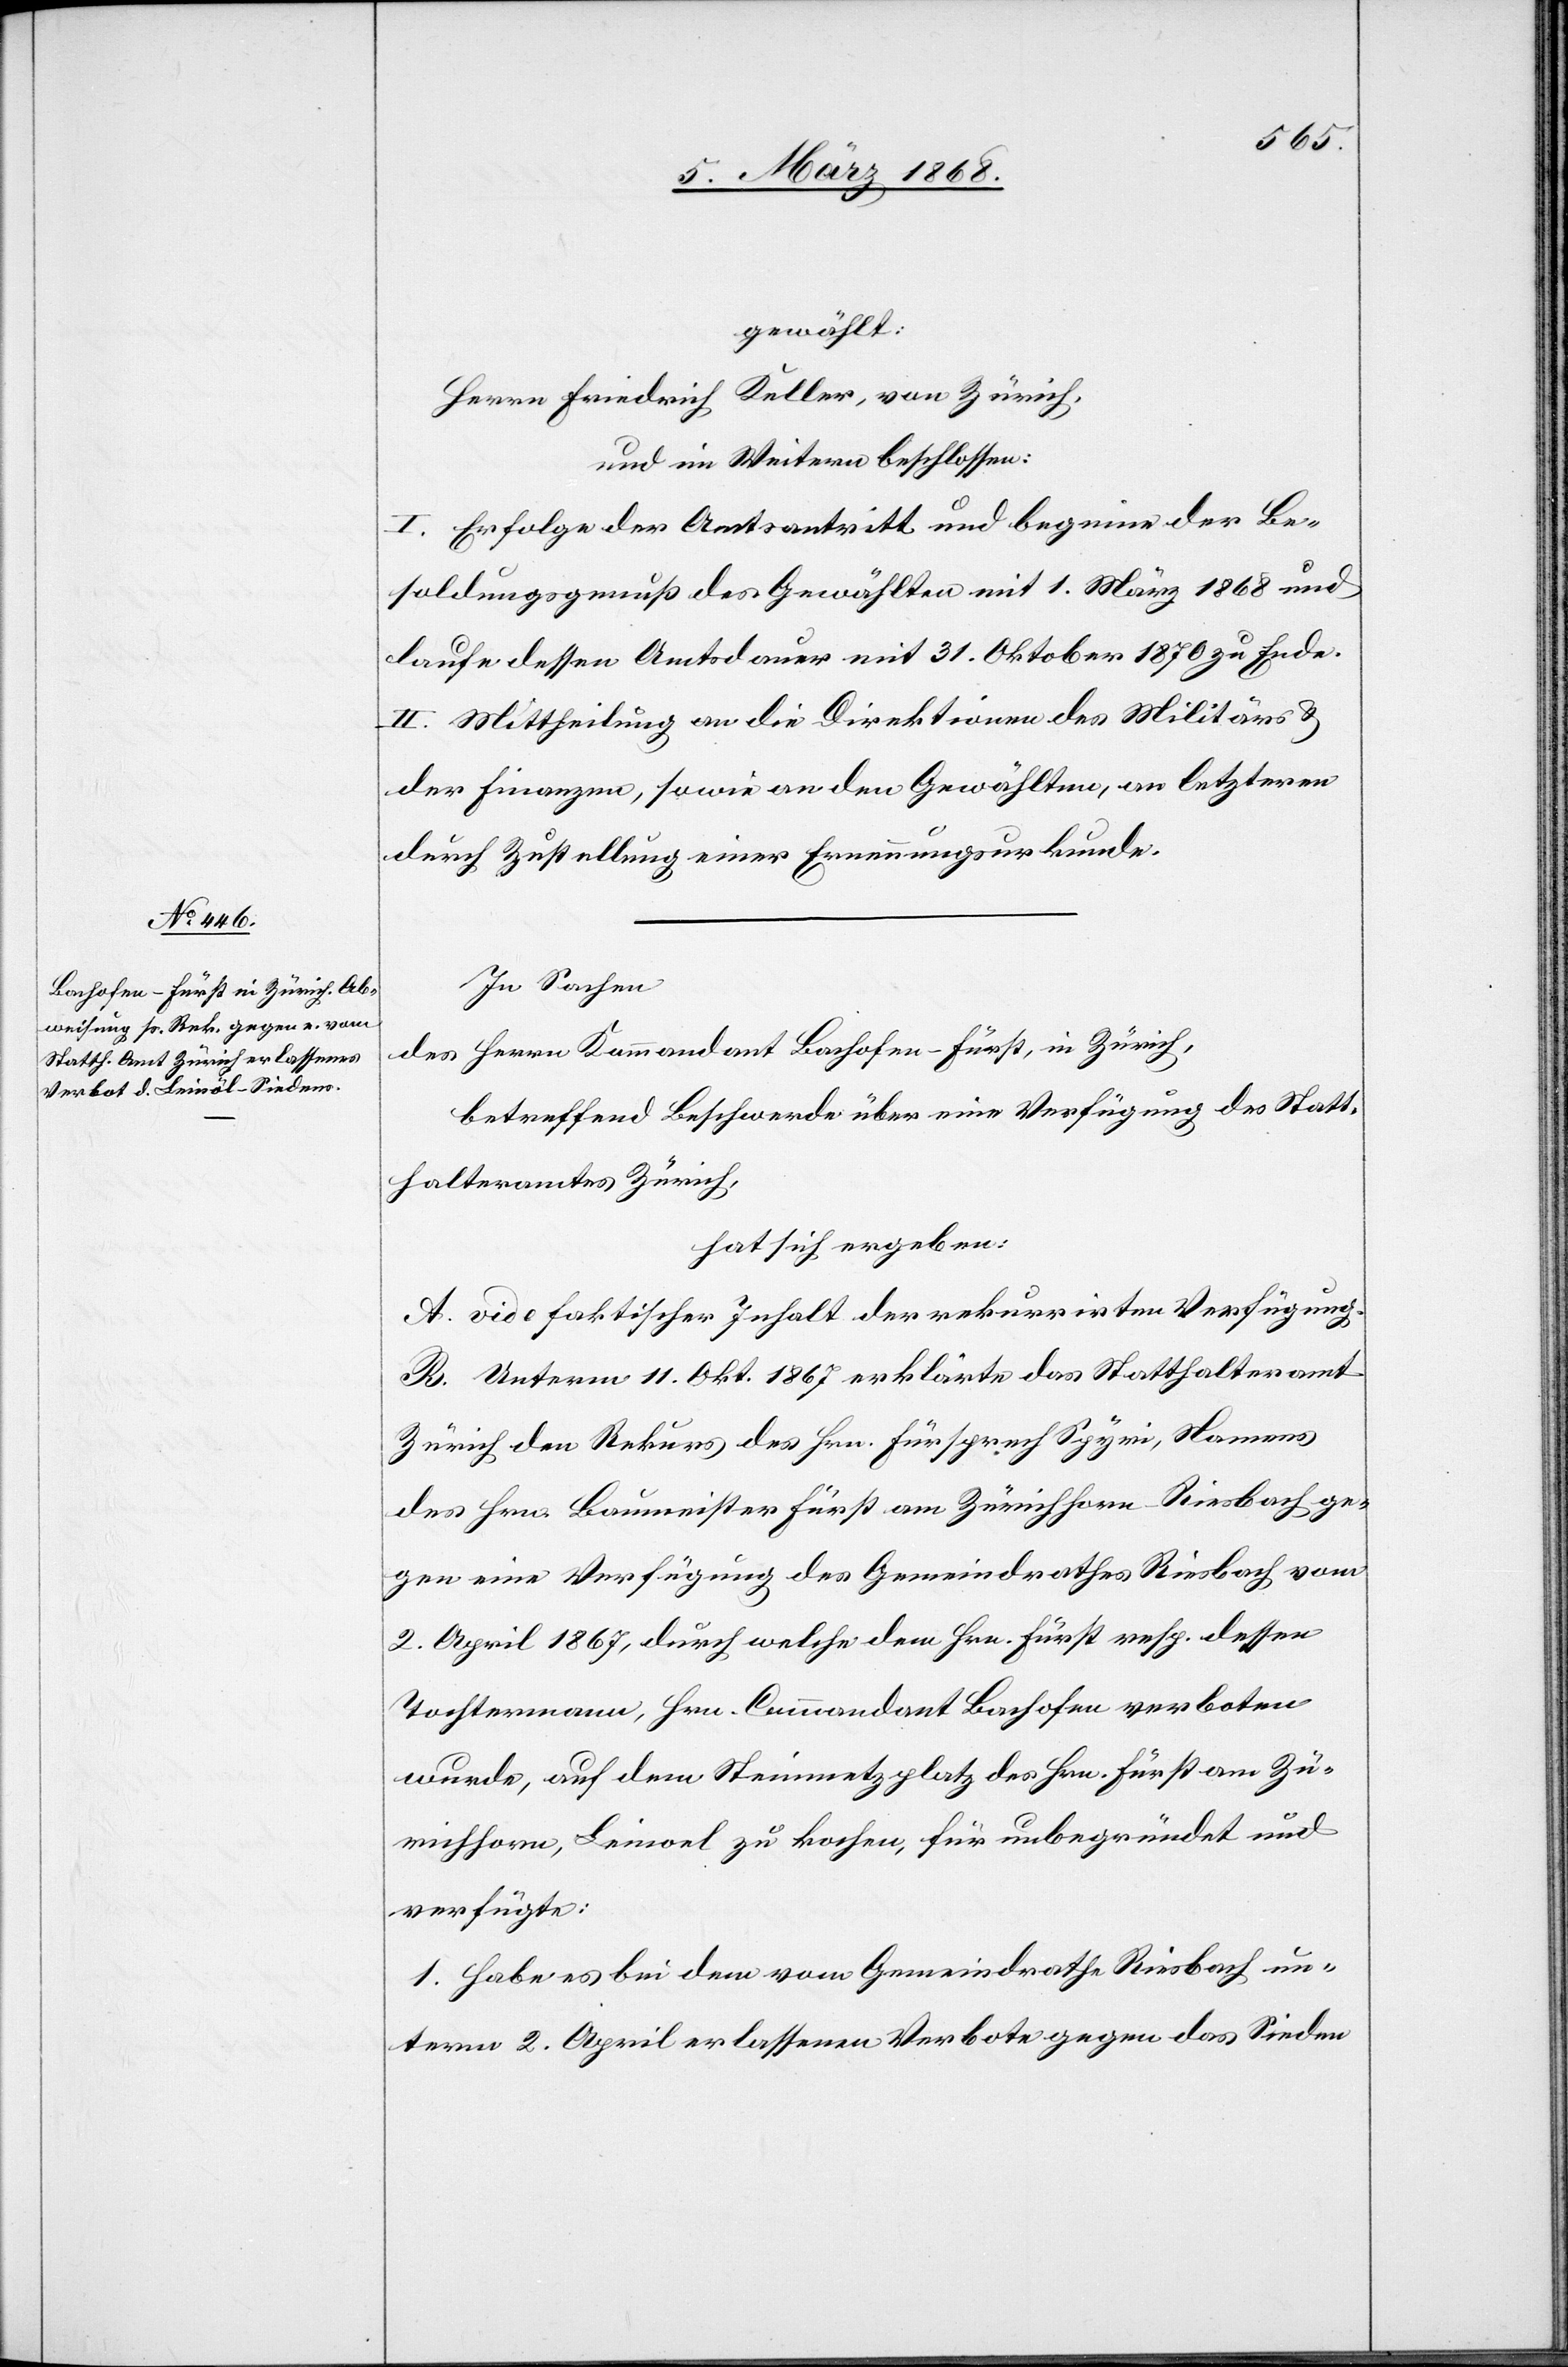
gewählt:
Herrn Friedrich Keller, von Zürich,
und im Weitern beschlossen:
I. Erfolge der Amtsantritt und beginne der Be¬
soldungsgenuß des Gewählten mit 1. März 1868 und
laufe dessen Amtsdauer mit 31. Oktober 1870 zu Ende.
II. Mittheilung an die Direktionen des Militärs &
der Finanzen, sowie an den Gewählten, an letzteren
durch Zustellung einer Ernennungsurkunde.
In Sachen
des Herrn Kommandant Bachofen-Fürst, in Zürich,
betreffend Beschwerde über eine Verfügung des Statt¬
halteramtes Zürich,
hat sich ergeben:
A. vide faktischer Inhalt der rekurrirten Verfügung.
B. Unterm 11. Okt. 1867 erklärte das Statthalteramt
Zürich den Rekurs des Hrn. Fürsprech Spyri, Namens
des Hrn. Baumeister Fürst am Zürichhorn-Riesbach ge¬
gen eine Verfügung des Gemeindrathes Riesbach vom
2. April 1867, durch welche dem Hrn. Fürst resp. dessen
Tochtermann, Hrn. Commandant Bachofen verboten
wurde, auf dem Steinmetzplatz des Hrn. Fürst am Zü¬
richhorn, Leinoel zu kochen, für unbegründet und
verfügte:
1. Habe es bei dem vom Gemeindrathe Riesbach un¬
term 2. April erlassenen Verbote gegen das Sieden